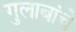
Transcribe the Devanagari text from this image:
गुलाबांचे